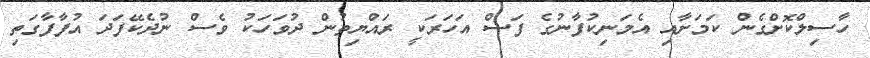
ހާސިލްކޮށްގެން ކަމަށާއި އެމަނިކުފާނުގެ ފަސް އަހަރަކީ ރައްޔިތުން ދުވަހަކު ވެސް ނުދެކޭފަދަ އުފާފާގަތި